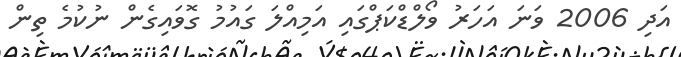
އަދި 2006 ވަނަ އަހަރު ވޯލްޑްކަޕްގައި އަމިއްލަ ގައުމު ގޮވައިގެން ނުކުމެ ތިން